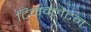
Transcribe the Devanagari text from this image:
टिनक्लेटन